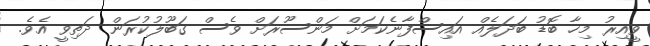
ވީއިރު މިހާ ބޮޑު ބަދަލެއް އައިސްފާނެކަމަށް މަންސޫރަށް ވެސް ގަބޫލުކުރަން ދަތިވީ އެވެ.